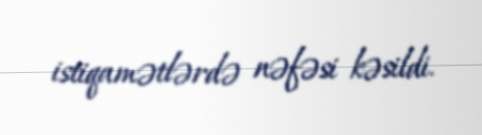
istiqamətlərdə nəfəsi kəsildi.